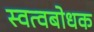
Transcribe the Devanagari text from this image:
स्वत्वबोधक